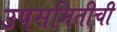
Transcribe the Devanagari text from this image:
उपसमितीची